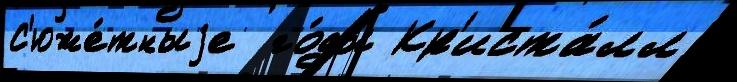
С'юже́тныjе  го́ды Кр'иста́лл